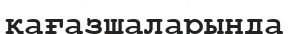
қағазшаларында